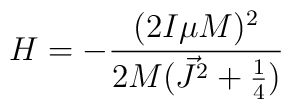
H = - \frac{(2I\mu M)^2}{2M(\vec{J}^2+\frac{1}{4})}